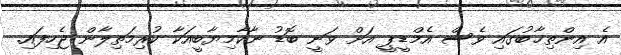
އެ އިންތިޚާބުގައި ވެސް އެމްޑީޕީ އަށް ވަނީ ބޮޑު ނާކާމިޔާބީއަކާ ކުރިމަތިލާން ޖެހިފައި.